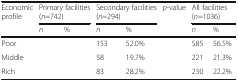
<table><thead><tr><td><b>Economic profile</b></td><td colspan="2"><b>Primary facilities (<i>n</i>=742)</b></td><td colspan="2"><b>Secondary facilities (<i>n</i>=294)</b></td><td><b><i>p</i>-value</b></td><td colspan="2"><b>All facilities (<i>n</i>=1036)</b></td></tr><tr><td>[EMPTY_CELL]</td><td><b><i>n</i></b></td><td><b>%</b></td><td><b><i>n</i></b></td><td><b>%</b></td><td>[EMPTY_CELL]</td><td><b><i>n</i></b></td><td><b>%</b></td></tr></thead><tbody><tr><td>Poor</td><td>[EMPTY_CELL]</td><td>[EMPTY_CELL]</td><td>153</td><td>52.0%</td><td>[EMPTY_CELL]</td><td>585</td><td>56.5%</td></tr><tr><td>Middle</td><td>[EMPTY_CELL]</td><td>[EMPTY_CELL]</td><td>58</td><td>19.7%</td><td>[EMPTY_CELL]</td><td>221</td><td>21.3%</td></tr><tr><td>Rich</td><td>[EMPTY_CELL]</td><td>[EMPTY_CELL]</td><td>83</td><td>28.2%</td><td>[EMPTY_CELL]</td><td>230</td><td>22.2%</td></tr></tbody></table>